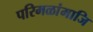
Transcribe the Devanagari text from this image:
परिमळांमाजि